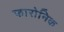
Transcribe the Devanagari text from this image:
फारोनिक